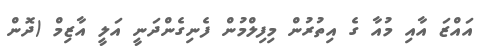
އައްޒަ އާއި މުއާ ގެ އިތުރުން މިފިލްމުން ފެނިގެންދަނީ އަލީ އާޒިމް (ދޮން